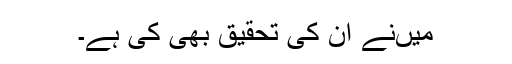
میںنے ان کی تحقیق بھی کی ہے۔